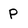
Character: P